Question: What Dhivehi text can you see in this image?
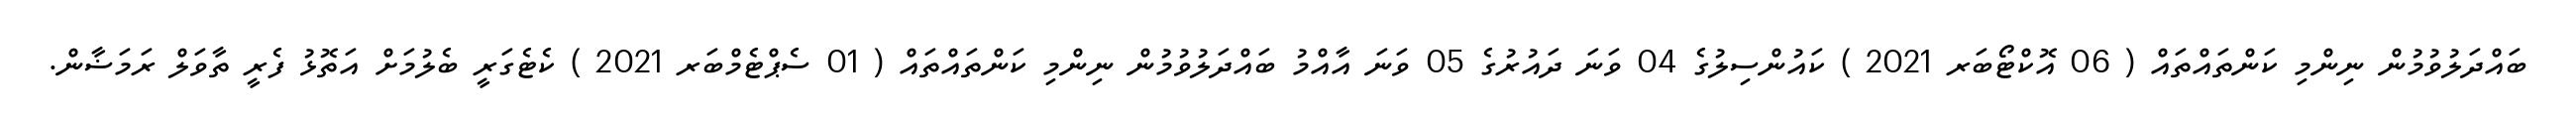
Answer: ބައްދަލުވުމުން ނިންމި ކަންތައްތައް ( 06 އޮކްޓޯބަރ 2021 ) ކައުންސިލުގެ 04 ވަނަ ދައުރުގެ 05 ވަނަ އާއްމު ބައްދަލުވުމުން ނިންމި ކަންތައްތައް ( 01 ސެޕްޓެމްބަރ 2021 ) ކެޓެގަރީ ބެލުމަށް އަތޮޅު ފެރީ ތާވަލް ރަމަޟާން.